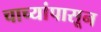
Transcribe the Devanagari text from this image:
चाच्यांपासून